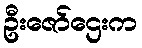
ဦးဇော်ဌေးက